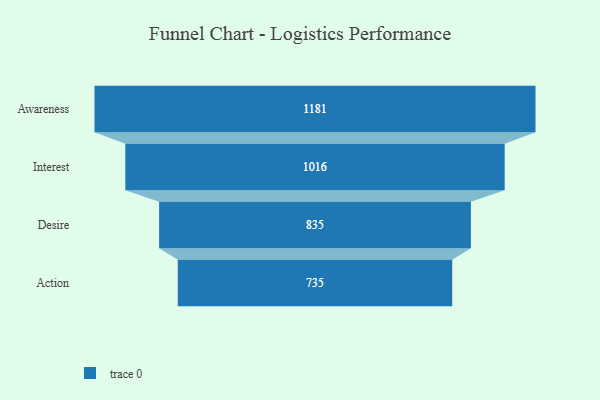
{"axis": {"x": "Stage", "y": "Value"}, "legend": [""], "data": [{"x": "Awareness", "y": 1181.0, "type": ""}, {"x": "Interest", "y": 1016.0, "type": ""}, {"x": "Desire", "y": 835.0, "type": ""}, {"x": "Action", "y": 735.0, "type": ""}]}